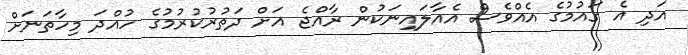
އަދި އެ ގައުމުގެ އެއްވެސް އެއާލައިނަކުން ރާއްޖެ އަށް ދަތުރުކުރުމުގެ ހުއްދަ މިހާތަނަށް